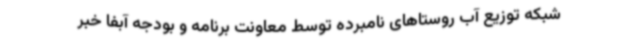
شبکه توزیع آب روستاهای نامبرده توسط معاونت برنامه و بودجه آبفا خبر